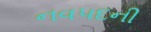
નવપદની